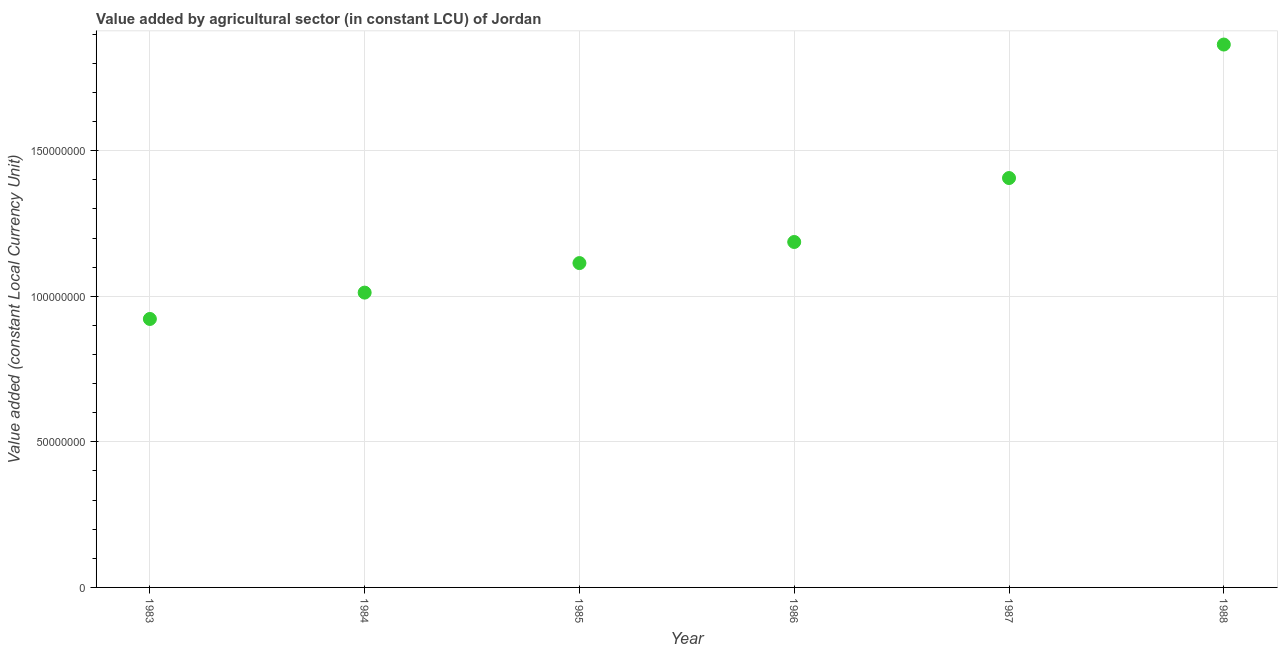
| Year | Agriculture |
 | --- | --- |
 | 1983 | 9.22e+07 |
 | 1984 | 1.01e+08 |
 | 1985 | 1.11e+08 |
 | 1986 | 1.19e+08 |
 | 1987 | 1.41e+08 |
 | 1988 | 1.86e+08 |